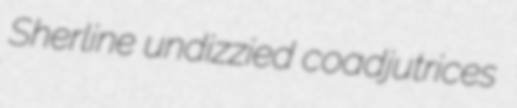
Sherline undizzied coadjutrices